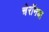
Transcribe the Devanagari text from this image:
चेरॉनचा